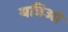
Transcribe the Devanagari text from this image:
यत्रिओ